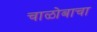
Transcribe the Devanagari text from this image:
चाळोबाचा